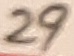
Text: 29